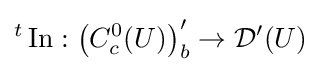
{}^{t}\operatorname {In} :\left(C_{c}^{0}(U)\right)_{b}^{\prime }\to {\mathcal {D}}^{\prime }(U)